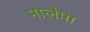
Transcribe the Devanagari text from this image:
मालेमा